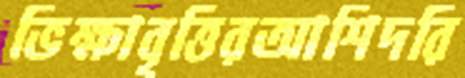
ভিক্ষাবৃত্তিরআশিদরি